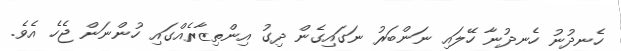
ހެނދުނު ހެނދުނާ ހޭލައި ނަންބަރު ނަގައިގެން ދިގު އިންތިޒާރެއްގައި ހުންނަން ޖެހެ އެވެ.